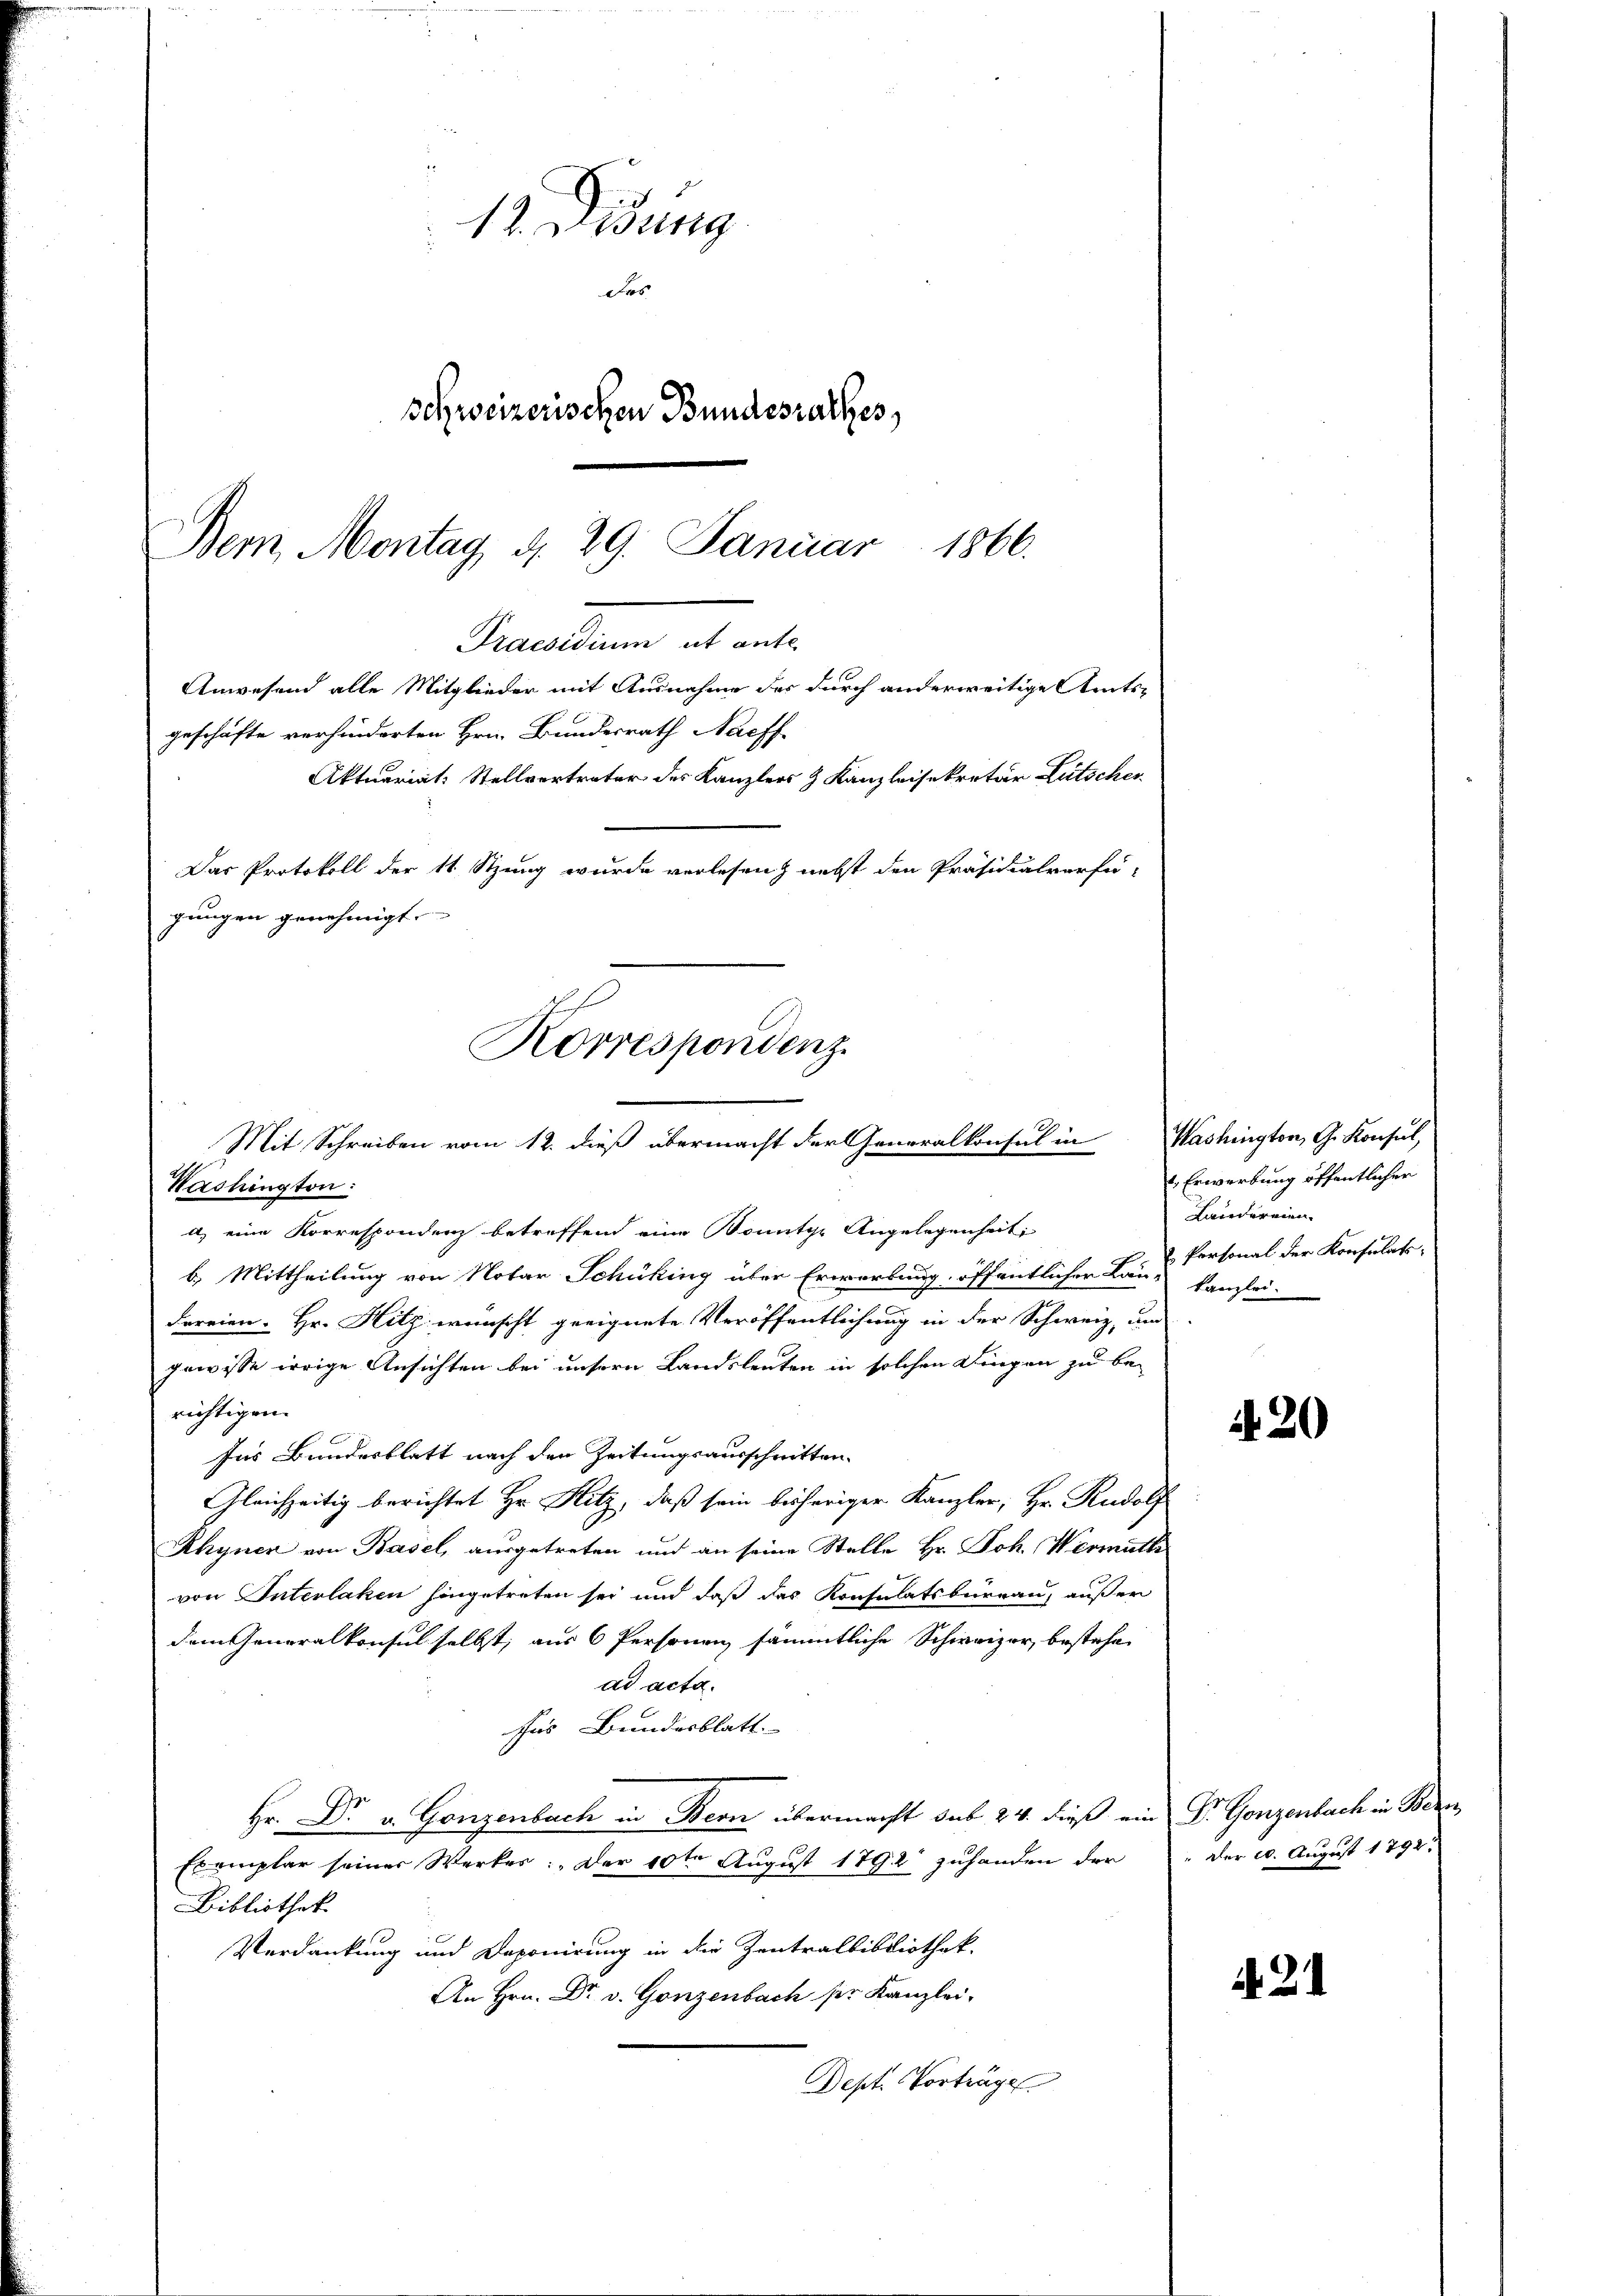
1866.
Bern, Montag d. 29. Januar
dewaltung es alte
Anwesend alle Mitglieder mit Ausnahme der durch anderweitige Amts-

12. Didung
Dres
schweizerischen Bundesrathes,

geschäfte verhinderten Hrn. Bundesrath Nachf
Aktuariat: Stellvertreter des Kanzlers & Kanzleisekretär Lütscher
Das Protokoll der 11 Stzung wurde verlesen nebst den Präsidialverfü-
gungen genehmigt.

Korrespondenz.
Mit Schreiben vom 12. dieß übermacht der Generalkonsul in
Washington:

a) eine Korrespondenz betreffend eine Bonitze Angelegenheit
b. Mittheilung von Notar Schüking über Erwarbung öffentlichen Län-Kanzlei-
Foreien. Hr. Hilz wünscht geeignete Veröffentlichung in der Schweiz, am
gewisse irrige Ansichten bei unsern Landsleuten in solchen Dingen zu be-
richtigen.
Ins Bundesblatt nach den Zeitungsausschritten-
Gleichzeitig berichtet Hr. Hitz, daß sein bisheriger Kanzler, Hr. Rudolf
Rhyner von Basel, ausgetreten und an seine Stelle Hr. Joh. Vermuth
von Interlaken hingetreten sei und daß das Konsulatsbüreau, außer
dem Generalkonsul selbst, aus 6 Personen sämmtliche Schweizer, bestehe
ad acta.
sas Bundesblatt. |
Hr. Dr. v. Gonzenbach in Bern übermacht sub 24. dieß ein Dr. Gonzenbach in Bern,
Exemplar seiner Werkes: „Der 10te Aŭgŭst 1792 zŭhanden der "Der 20. August 1792.
Bibliothek
Verdankung und Daponirung in die Zentralbibliothek-
An Hrn. Dr v. Gonzenbach ser Kanzlei-
Dept. Vorträge

Washington, G. Konsul,
 Erwerbung öffentlicher
Landereien.
 Personal der Konsulats¬

d. 20

d. 21